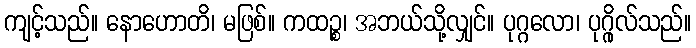
ကျင့်သည်။ နောဟောတိ၊ မဖြစ်။ ကထဉ္စ၊ အဘယ်သို့လျှင်။ ပုဂ္ဂလော၊ ပုဂ္ဂိုလ်သည်။